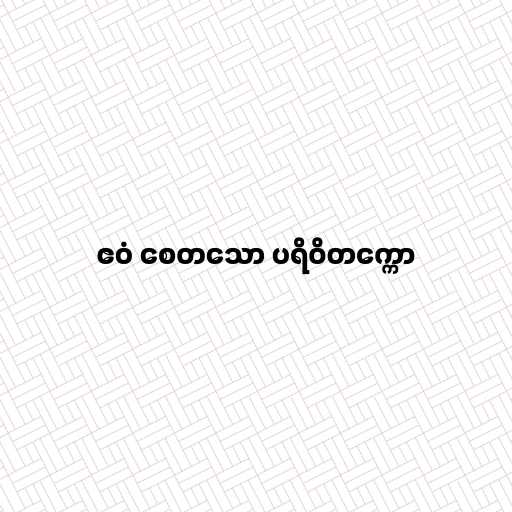
ဧဝံ စေတသော ပရိဝိတက္ကော